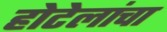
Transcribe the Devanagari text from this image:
होटेलांचा